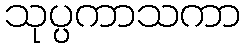
သုပ္ပကာသကာ